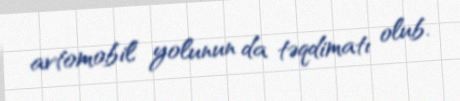
avtomobil yolunun da təqdimatı olub.